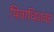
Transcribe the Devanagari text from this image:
पिताधिशवर